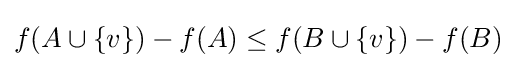
f(A\cup \{v\})-f(A)\leq f(B\cup \{v\})-f(B)